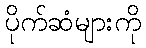
ပိုက်ဆံများကို